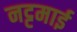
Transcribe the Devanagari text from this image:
नट्टमाई